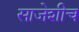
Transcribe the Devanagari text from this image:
साजेशीच